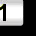
Digit: 1